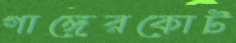
গাঙ্গেরকোট